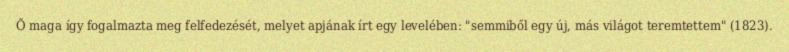
Ő maga így fogalmazta meg felfedezését, melyet apjának írt egy levelében: "semmiből egy új, más világot teremtettem" (1823).